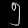
Digit: ၅